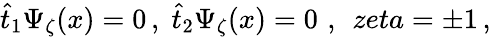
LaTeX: \hat{t}_{1}\Psi_{\zeta}(x)=0\, ,\; \hat{t}_{2}\Psi_{\zeta}(x)=0\, \, ,\; \, zeta=\pm 1\, ,